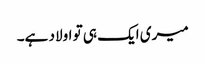
میری ایک ہی تو اولاد ہے۔